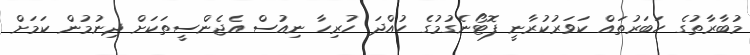
މުބާރާތުގެ ހަބަރުތައް ކަވަރުކުރާނީ ފޮޓޯނެގުމުގެ ހުއްދަ ހުރިހާ ނިއުސް އެޖެންސީތަކަށް ދިނުމުން ކަމަށް